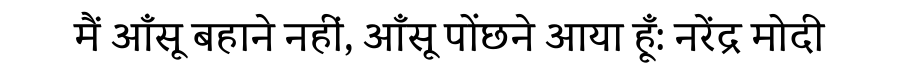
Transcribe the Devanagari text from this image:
मैं आँसू बहाने नहीं, आँसू पोंछने आया हूँ: नरेंद्र मोदी